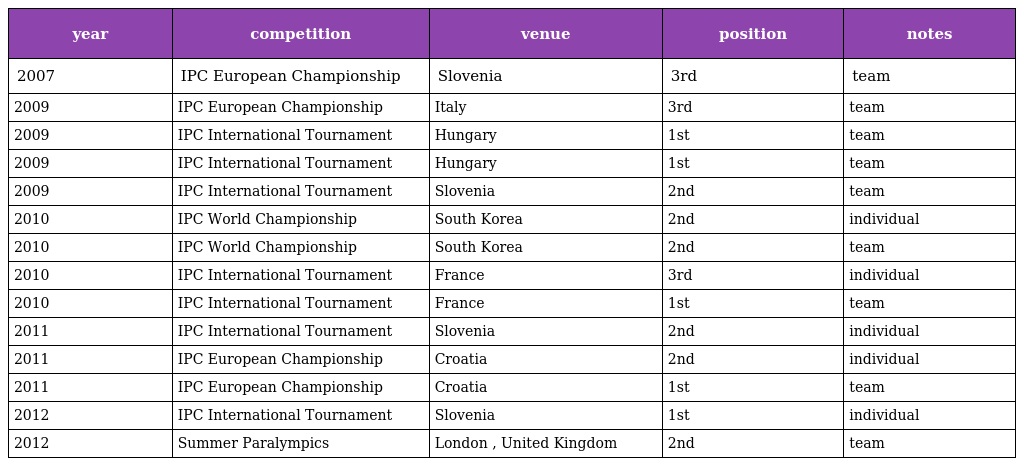
| year | competition | venue | position | notes |
 | --- | --- | --- | --- | --- |
 | 2007 | IPC European Championship | Slovenia | 3rd | team |
 | 2009 | IPC European Championship | Italy | 3rd | team |
 | 2009 | IPC International Tournament | Hungary | 1st | team |
 | 2009 | IPC International Tournament | Hungary | 1st | team |
 | 2009 | IPC International Tournament | Slovenia | 2nd | team |
 | 2010 | IPC World Championship | South Korea | 2nd | individual |
 | 2010 | IPC World Championship | South Korea | 2nd | team |
 | 2010 | IPC International Tournament | France | 3rd | individual |
 | 2010 | IPC International Tournament | France | 1st | team |
 | 2011 | IPC International Tournament | Slovenia | 2nd | individual |
 | 2011 | IPC European Championship | Croatia | 2nd | individual |
 | 2011 | IPC European Championship | Croatia | 1st | team |
 | 2012 | IPC International Tournament | Slovenia | 1st | individual |
 | 2012 | Summer Paralympics | London , United Kingdom | 2nd | team |